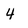
Character: 4